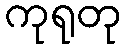
ကုရုတု